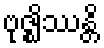
ဗုဇ္ဈိဿန္တိ